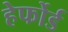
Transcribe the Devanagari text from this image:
हेर्फोर्ड